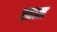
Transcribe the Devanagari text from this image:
स्वाम